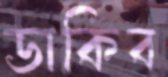
ডাকিব